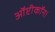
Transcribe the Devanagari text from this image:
ऑप्टीकॉन।